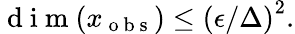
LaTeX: \mathrm{~d~i~m~}(x_{\mathrm{~o~b~s~}})\leq\left(\epsilon/\Delta\right)^{2}.